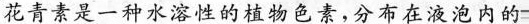
花青素是一种水溶性的植物色素，分布在液泡内的